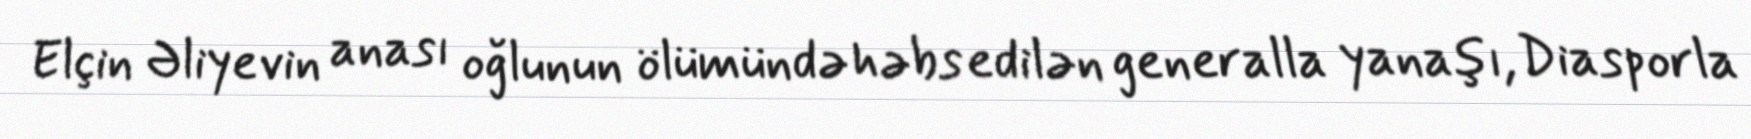
Elçin Əliyevin anası oğlunun ölümündə həbs edilən generalla yanaşı, Diasporla